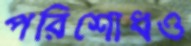
পরিশোধও